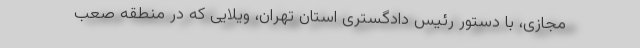
مجازی، با دستور رئیس دادگستری استان تهران، ویلایی که در منطقه صعب